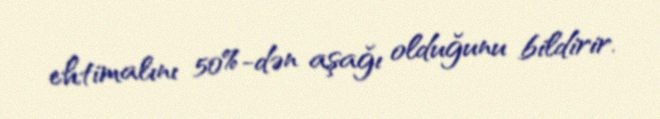
ehtimalını 50%-dən aşağı olduğunu bildirir.